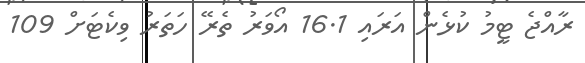
ރާއްޖެ ޓީމު ކުޅެން އަރައި 16.1 އޯވަރު ތެރޭ ހަތަރު ވިކެޓަށް 109